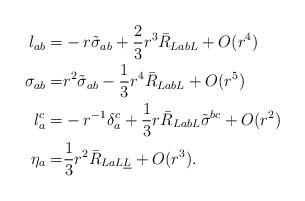
LaTeX: \begin{align*} l_{ab}= & - r \tilde \sigma_{ab} +\frac{2}{3}r^3 \bar R_{La b L}+ O(r^4) \\ \sigma_{ab} =& r^2\tilde\sigma_{ab} - \frac{1}{3} r^4\bar R_{La b L} + O(r^5)\\l_a^c= &-r^{-1} \delta_a^c+\frac{1}{3} r \bar R_{La b L}\tilde{\sigma}^{bc}+ O(r^2)\\ \eta_a = &\frac{1}{3}r^2 \bar R_{La L\underline L}+O(r^3).\end{align*}